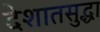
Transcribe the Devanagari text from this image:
देशातसुद्धा